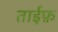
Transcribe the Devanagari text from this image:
ताईफ़